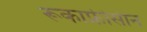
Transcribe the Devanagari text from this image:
रूकाफ्रीसीन